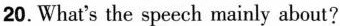
20.What's the speech mainly about?